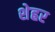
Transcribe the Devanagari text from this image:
शेह्रर